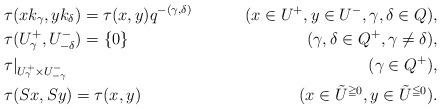
LaTeX: \begin{align*}&\tau(xk_\gamma,yk_\delta)=\tau(x,y)q^{-(\gamma,\delta)}&(x\in U^+, y\in U^-,\gamma, \delta\in Q),\\&\tau(U^+_\gamma, U^-_{-\delta})=\{0\}&(\gamma, \delta\in Q^+, \gamma\ne\delta),\\&\tau|_{U^+_\gamma\times U^-_{-\gamma}}\;&(\gamma\in Q^+),\\&\tau(Sx,Sy)=\tau(x,y)&(x\in \tilde{U}^{\geqq0}, y\in\tilde{U}^{\leqq0}).\end{align*}